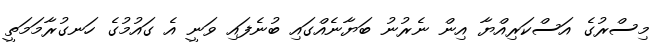
މިސްރުގެ އަސްކަރިއްޔާ އިން ނެރުނު ބަޔާނެއްގައި ބުނެފައި ވަނީ އެ ގައުމުގެ ހަނގުރާމަމަތީ